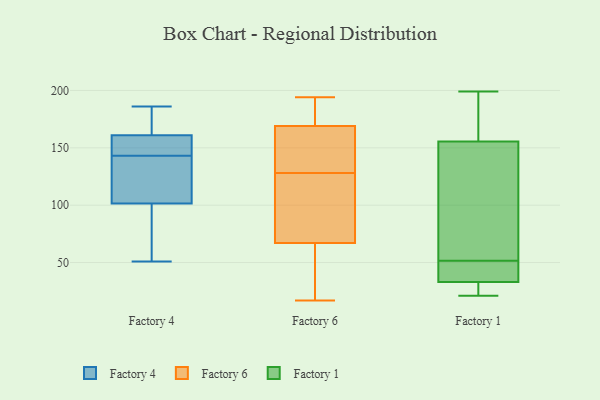
{"axis": {"x": "Waste Production (Tons)", "y": "Value"}, "legend": ["Factory 1", "Factory 4", "Factory 6"], "data": [{"x": "", "y": 108, "type": "Factory 4"}, {"x": "", "y": 150, "type": "Factory 4"}, {"x": "", "y": 60, "type": "Factory 4"}, {"x": "", "y": 139, "type": "Factory 4"}, {"x": "", "y": 51, "type": "Factory 4"}, {"x": "", "y": 186, "type": "Factory 4"}, {"x": "", "y": 143, "type": "Factory 4"}, {"x": "", "y": 105, "type": "Factory 4"}, {"x": "", "y": 91, "type": "Factory 4"}, {"x": "", "y": 157, "type": "Factory 4"}, {"x": "", "y": 181, "type": "Factory 4"}, {"x": "", "y": 173, "type": "Factory 4"}, {"x": "", "y": 155, "type": "Factory 4"}, {"x": "", "y": 191, "type": "Factory 6"}, {"x": "", "y": 194, "type": "Factory 6"}, {"x": "", "y": 109, "type": "Factory 6"}, {"x": "", "y": 53, "type": "Factory 6"}, {"x": "", "y": 147, "type": "Factory 6"}, {"x": "", "y": 153, "type": "Factory 6"}, {"x": "", "y": 95, "type": "Factory 6"}, {"x": "", "y": 17, "type": "Factory 6"}, {"x": "", "y": 167, "type": "Factory 6"}, {"x": "", "y": 54, "type": "Factory 6"}, {"x": "", "y": 171, "type": "Factory 6"}, {"x": "", "y": 80, "type": "Factory 6"}, {"x": "", "y": 131, "type": "Factory 1"}, {"x": "", "y": 26, "type": "Factory 1"}, {"x": "", "y": 39, "type": "Factory 1"}, {"x": "", "y": 43, "type": "Factory 1"}, {"x": "", "y": 186, "type": "Factory 1"}, {"x": "", "y": 27, "type": "Factory 1"}, {"x": "", "y": 199, "type": "Factory 1"}, {"x": "", "y": 21, "type": "Factory 1"}, {"x": "", "y": 133, "type": "Factory 1"}, {"x": "", "y": 178, "type": "Factory 1"}, {"x": "", "y": 53, "type": "Factory 1"}, {"x": "", "y": 50, "type": "Factory 1"}]}